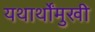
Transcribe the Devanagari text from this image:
यथार्थोंमुखी